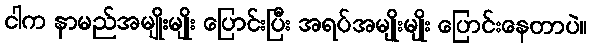
ငါက နာမည်အမျိုးမျိုး ပြောင်းပြီး အရပ်အမျိုးမျိုး ပြောင်းနေတာပဲ။